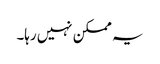
یہ ممکن نہیں رہا۔